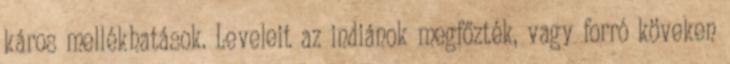
káros mellékhatások. Leveleit az indiánok megfőzték, vagy forró köveken